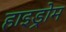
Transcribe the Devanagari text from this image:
हाइड्रोम